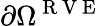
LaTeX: \partial\Omega^{\mathrm{~R~V~E~}}